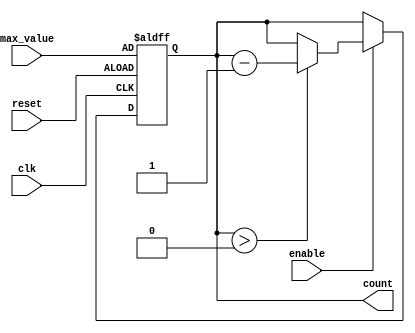
module decremental_counter (
    input wire clk,              // Clock signal
    input wire reset,            // Asynchronous reset signal
    input wire enable,           // Enable signal for counting
    input wire [7:0] max_value,  // Configurable maximum value (8-bit)
    output reg [7:0] count       // Current count value (8-bit)
);

    // Always block for synchronous logic
    always @(posedge clk or posedge reset) begin
        if (reset) begin
            // Reset the count to max_value when reset is asserted
            count <= max_value;
        end else if (enable) begin
            // Decrement the count if enable is high and count is greater than 0
            if (count > 0) begin
                count <= count - 1;
            end
            // If count is already 0, it remains 0
        end
    end

endmodule